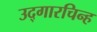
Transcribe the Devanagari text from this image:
उद्गारचिन्ह